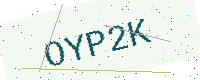
Text: OYP2K